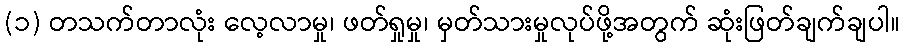
(၁) တသက်တာလုံး လေ့လာမှု၊ ဖတ်ရှုမှု၊ မှတ်သားမှုလုပ်ဖို့အတွက် ဆုံးဖြတ်ချက်ချပါ။